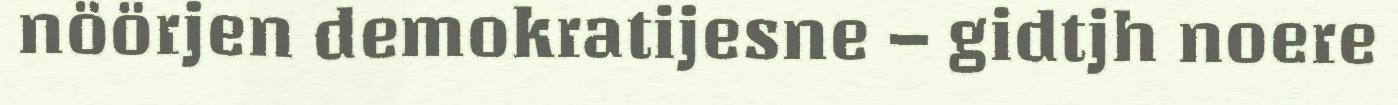
nöörjen demokratijesne – gidtjh noere